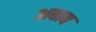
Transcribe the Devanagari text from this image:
अबाब